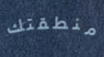
منطقتك